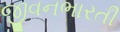
જીવનભારતી